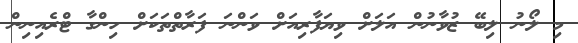
މި ލޯނު ލިބޭ ޒުވާނުން އަލަށް ވިޔަފާރިއަށް ވަންނަ ފަރާތްތަކަށް ހިންގާ ޓްރެއިނިން